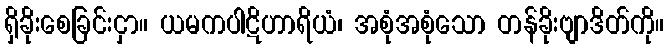
ရှိခိုးစေခြင်းငှာ။ ယမကပါဋိဟာရိယံ၊ အစုံအစုံသော တန်ခိုးဗျာဒိတ်ကို။